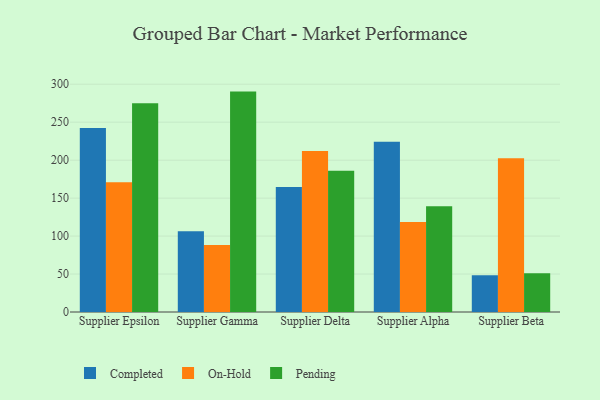
{"axis": {"x": "Supplier", "y": "Conversion Rate (%)"}, "legend": ["Completed", "On-Hold", "Pending"], "data": [{"x": "Supplier Epsilon", "y": 242.4, "type": "Completed"}, {"x": "Supplier Epsilon", "y": 170.8, "type": "On-Hold"}, {"x": "Supplier Epsilon", "y": 274.8, "type": "Pending"}, {"x": "Supplier Gamma", "y": 106.2, "type": "Completed"}, {"x": "Supplier Gamma", "y": 88.3, "type": "On-Hold"}, {"x": "Supplier Gamma", "y": 290.3, "type": "Pending"}, {"x": "Supplier Delta", "y": 164.6, "type": "Completed"}, {"x": "Supplier Delta", "y": 212.2, "type": "On-Hold"}, {"x": "Supplier Delta", "y": 186.2, "type": "Pending"}, {"x": "Supplier Alpha", "y": 224.2, "type": "Completed"}, {"x": "Supplier Alpha", "y": 118.6, "type": "On-Hold"}, {"x": "Supplier Alpha", "y": 139.4, "type": "Pending"}, {"x": "Supplier Beta", "y": 48.3, "type": "Completed"}, {"x": "Supplier Beta", "y": 202.6, "type": "On-Hold"}, {"x": "Supplier Beta", "y": 51.0, "type": "Pending"}]}